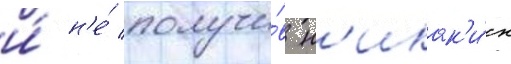
и́ н'е́ получи́в н'икак'и́х